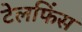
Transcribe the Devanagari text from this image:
टेलफिंस